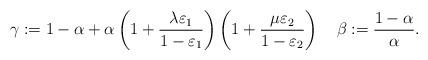
LaTeX: \begin{align*}\gamma :=1 -\alpha +\alpha\left(1 +\frac{\lambda\varepsilon_1}{1 -\varepsilon_1}\right)\left(1 +\frac{\mu\varepsilon_2}{1 -\varepsilon_2}\right)\quad\beta :=\frac{1-\alpha}{\alpha}.\end{align*}